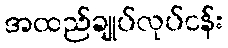
အထည်ချုပ်လုပ်ငန်း